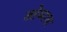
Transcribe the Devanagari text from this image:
श्लेष्माचा